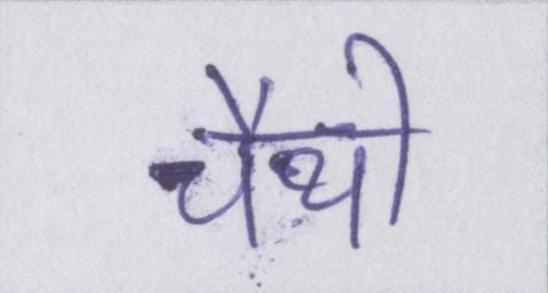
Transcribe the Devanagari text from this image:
चैथी